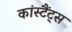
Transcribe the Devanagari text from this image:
कांस्टैंट्स